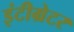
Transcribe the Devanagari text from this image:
इंटीग्रेटर